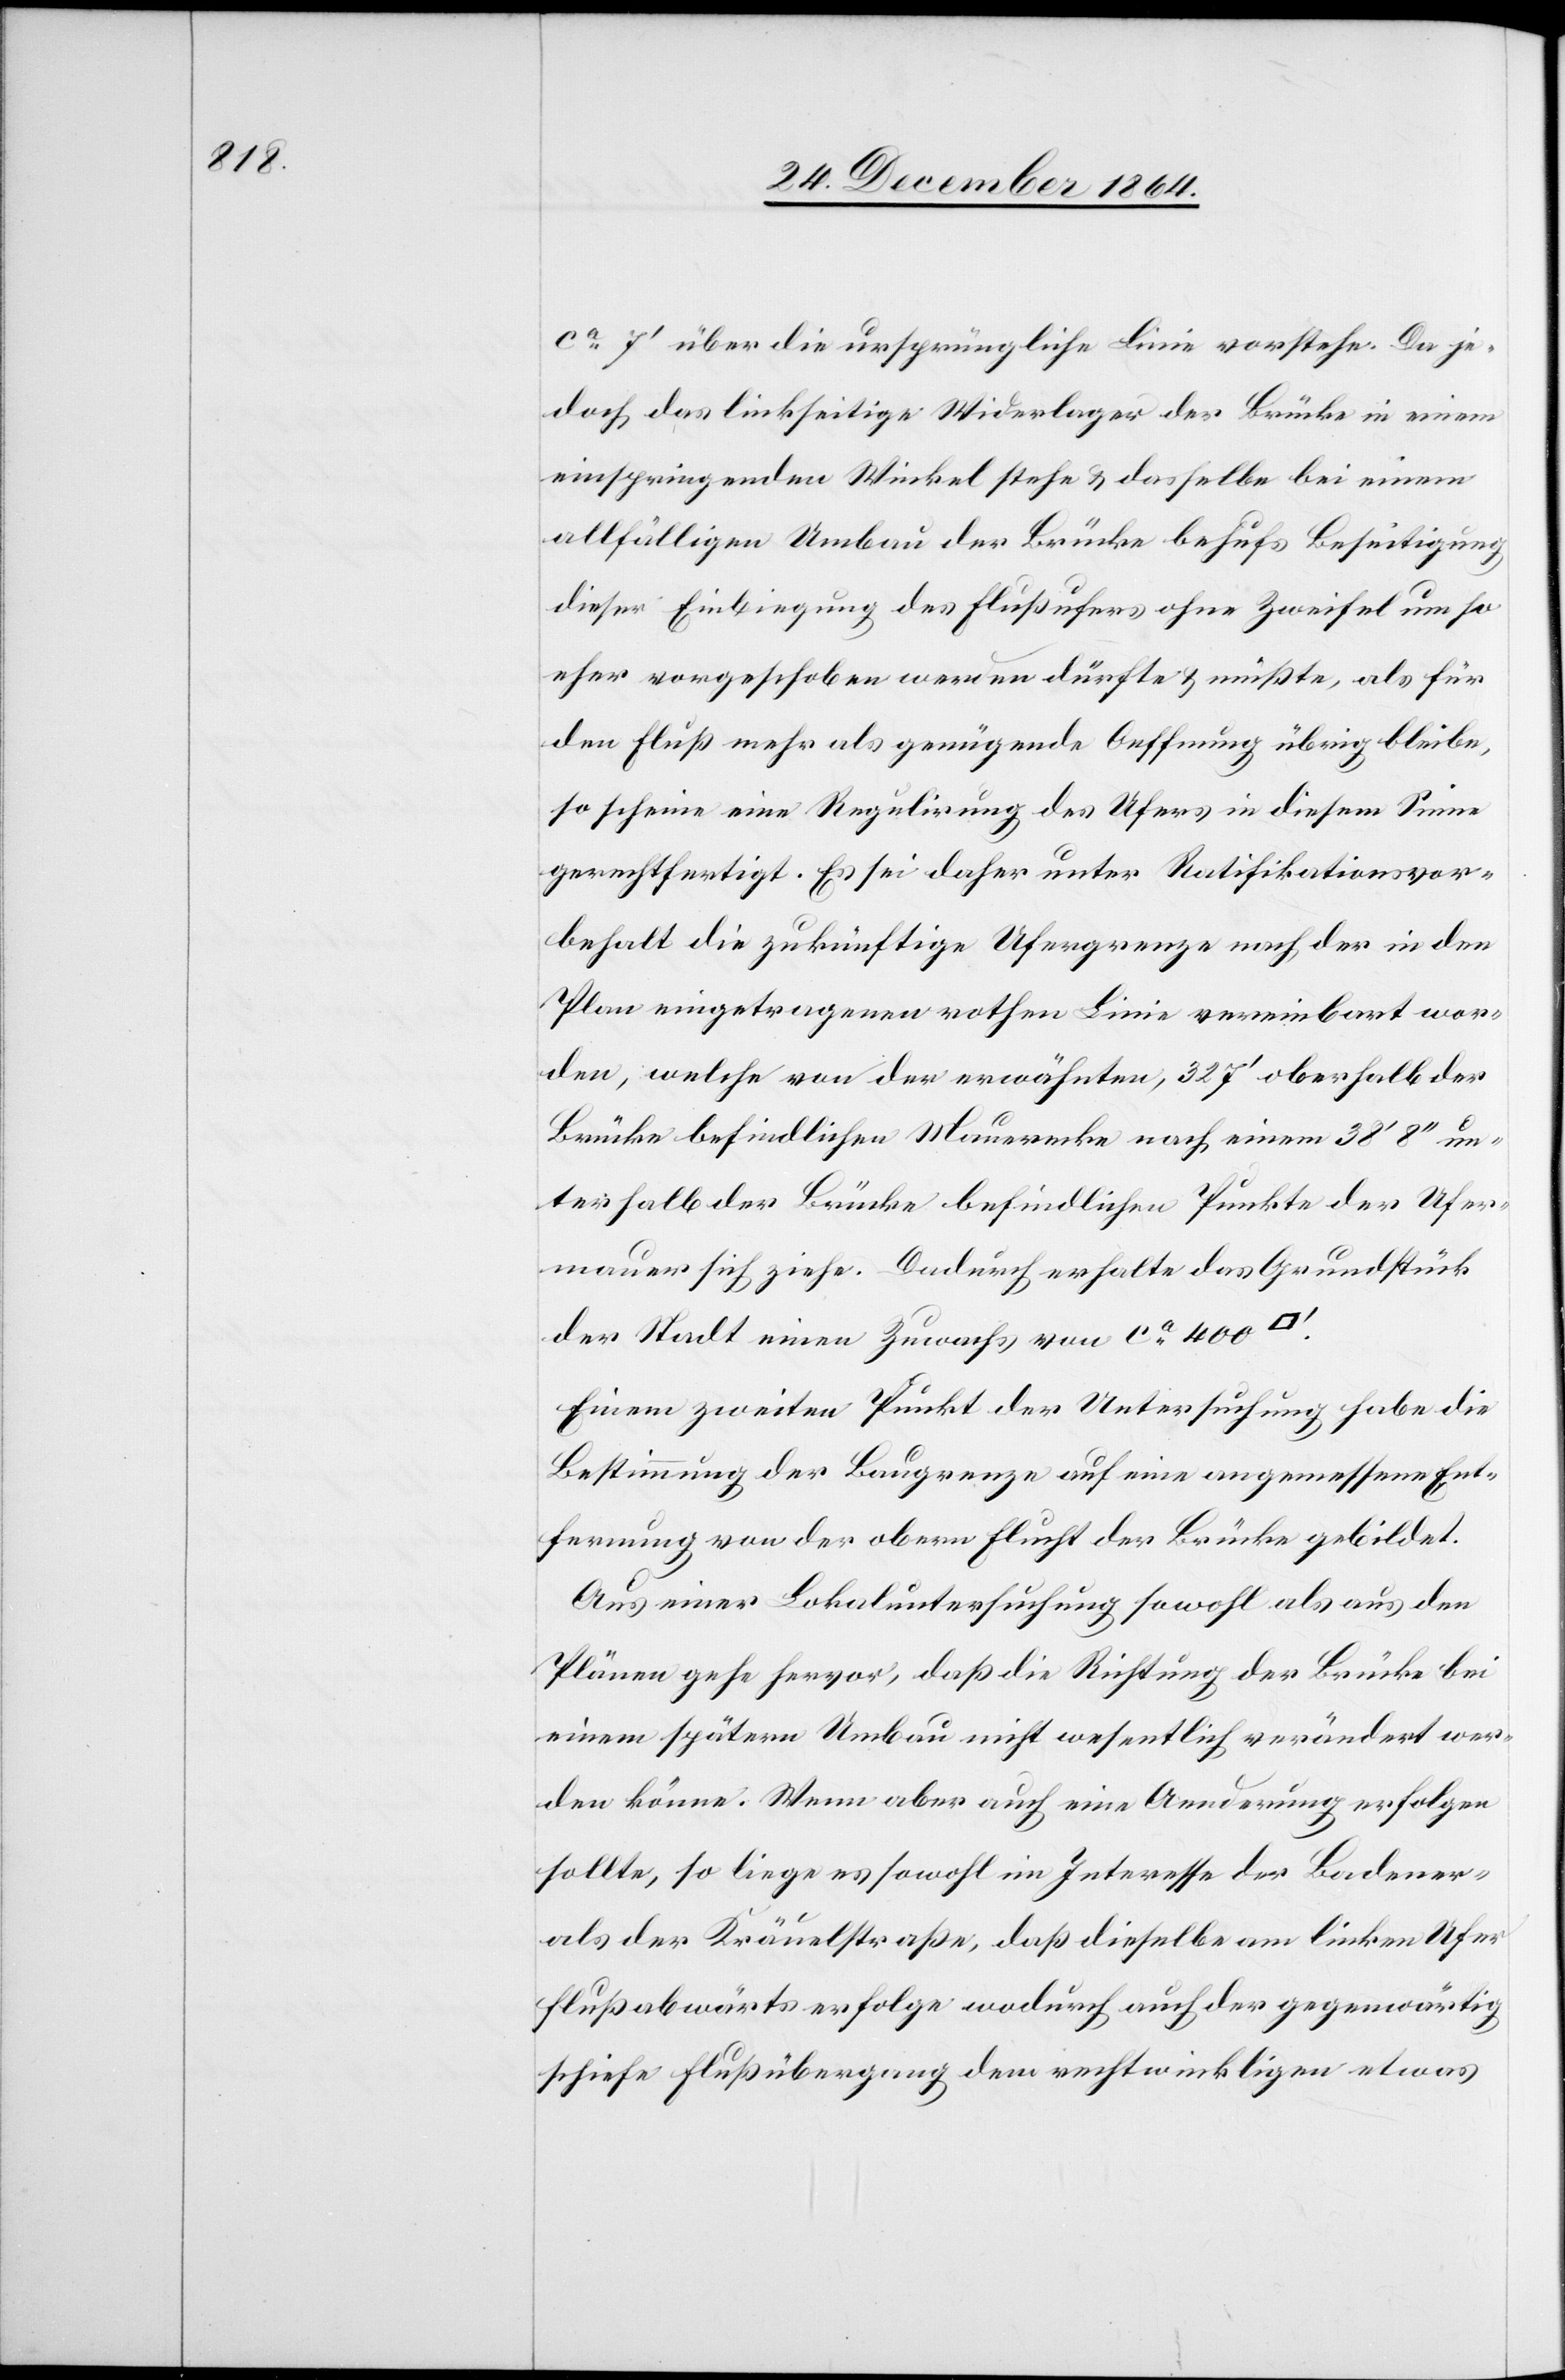
ca 7’ über die ursprüngliche Linie vorstehe. Da je¬
doch das linkseitige Widerlager der Brücke in einem
einspringenden Winkel stehe & dasselbe bei einem
allfälligen Umbau der Brücke behufs Beseitigung
dieser Einbiegung des Flußufers ohne Zweifel um so
eher vorgeschoben werden dürfte & müßte, als für
den Fluß mehr als genügende Oeffnung übrig bleibe,
so scheine eine Regulirung des Ufers in diesem Sinne
gerechtfertigt. Es sei daher unter Ratifikationsvor¬
behalt die zukünftige Ufergrenze nach der in den
Plan eingetragenen rothen Linie vereinbart wor¬
den, welche von der erwähnten, 327’ oberhalb der
Brücke befindlichen Mauerecke nach einem 38’ 8’’ un¬
terhalb der Brücke befindlichen Punkte der Ufer¬
mauer sich ziehe. Dadurch erhalte das Grundstück
der Stadt einen Zuwachs von ca 400
Einen zweiten Punkt der Untersuchung habe die
Bestimmung der Baugrenze auf eine angemessene Ent¬
fernung von der obern Flucht der Brücke gebildet.
Aus einer Lokaluntersuchung sowohl als aus den
Plänen gehe hervor, daß die Richtung der Brücke bei
einem spätern Umbau nicht wesentlich verändert wer¬
den könne. Wenn aber auch eine Aenderung erfolgen
sollte, so liege es sowohl im Interesse der Badener-
als der Kräuelstraße, daß dieselbe am linken Ufer
flußabwärts erfolge wodurch auch der gegenwärtig
schiefe Flußübergang dem rechtwinkligen etwas